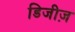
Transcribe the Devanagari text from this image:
डिजीज़